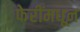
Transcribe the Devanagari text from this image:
फेरींमधून